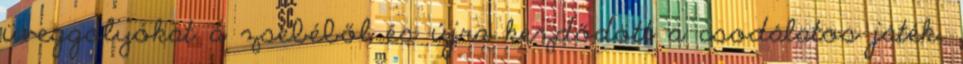
üveggolyókat a zsebéből és újra kezdődött a csodálatos játék.